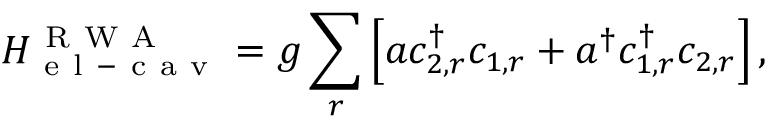
H _ { \mathrm { ~ e ~ l ~ - ~ c ~ a ~ v ~ } } ^ { \mathrm { ~ R ~ W ~ A ~ } } = g \sum _ { r } \left[ a c _ { 2 , r } ^ { \dagger } c _ { 1 , r } + a ^ { \dagger } c _ { 1 , r } ^ { \dagger } c _ { 2 , r } \right] ,